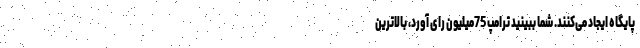
پایگاه ایجاد می‌کنند. شما ببینید ترامپ 75میلیون رای آورد، بالاترین